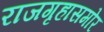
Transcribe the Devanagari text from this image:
राजगृहासमोर